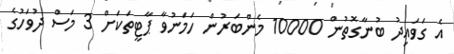
އެ ގަވައިދު ބުނާގޮތުން 10000 މެންބަރުން ހަމަނުވާ ޕާޓީތަކަށް 3 މަސް ދުވަހުގެ